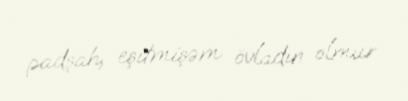
padşah, eşitmişəm övladın olmur.